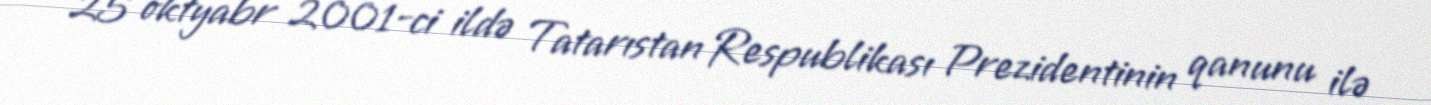
25 oktyabr 2001-ci ildə Tatarıstan Respublikası Prezidentinin qanunu ilə